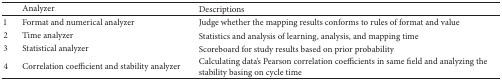
<table><thead><tr><td><b> </b></td><td><b>Analyzer</b></td><td><b>Descriptions</b></td></tr></thead><tbody><tr><td>1</td><td>Format and numerical analyzer</td><td>Judge whether the mapping results conforms to rules of format and value</td></tr><tr><td>2</td><td>Time analyzer</td><td>Statistics and analysis of learning, analysis, and mapping time </td></tr><tr><td>3</td><td>Statistical analyzer</td><td>Scoreboard for study results based on prior probability</td></tr><tr><td>4</td><td>Correlation coefficient and stability analyzer</td><td>Calculating data&#x27;s Pearson correlation coefficients in same field and analyzing the stability basing on cycle time</td></tr></tbody></table>